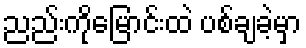
ညည်းကိုမြောင်းထဲ ပစ်ချခဲ့မှာ